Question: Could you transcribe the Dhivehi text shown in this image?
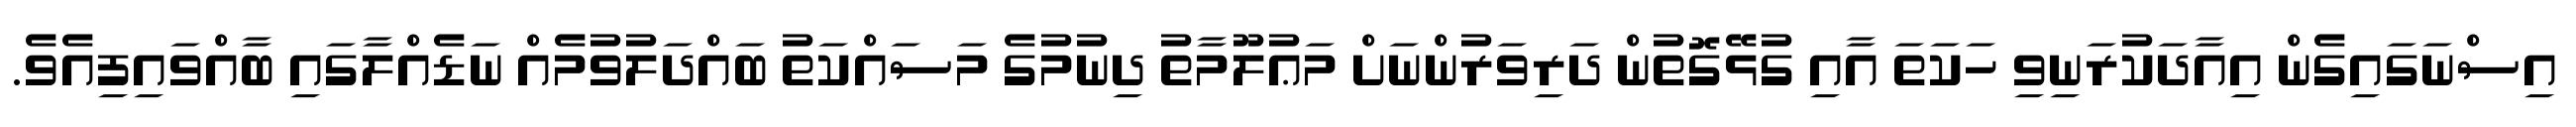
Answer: އިސްނަގައިގެން އިއާދަކުރަނިވި ހަކަތަ އާއި ގުޅޭގޮތުން ދަރިވަރުންނަށް މަޢުލޫމާތު ދިނުމުގެ މަސައްކަތު ބައްދަލުވުމެއް ނަޑެއްލާގައި ބާއްވައިފިއެވެ.